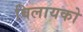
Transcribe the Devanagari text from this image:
विलायको